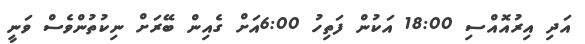
އަދި އިރުއޮއްސި 18:00 އަކުން ފަތިހު 6:00އަށް ގެއިން ބޭރަަށް ނިކުތުންވެސް ވަނީ